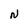
Character: N